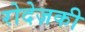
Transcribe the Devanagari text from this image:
रोदेज़की